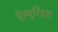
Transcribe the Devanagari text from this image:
डैस्युरिड्स